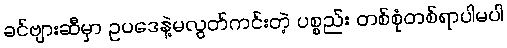
ခင်ဗျားဆီမှာ ဥပဒေနဲ့မလွတ်ကင်းတဲ့ ပစ္စည်း တစ်စုံတစ်ရာပါမပါ